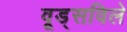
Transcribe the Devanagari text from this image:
वूड्सविले